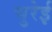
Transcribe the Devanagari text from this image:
चुरेई